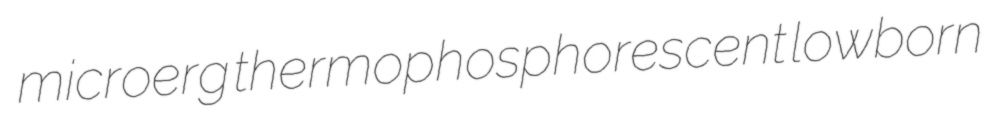
microerg thermophosphorescent lowborn